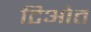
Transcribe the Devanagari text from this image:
टिओत